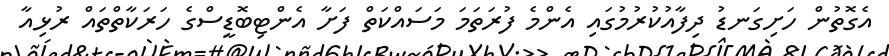
އެގޮތުން ހަށިގަނޑު ދިފާއުކުރުމުގައި އެންމެ ފުރަތަމަ މަސައްކަތް ފަށާ އެންޓިބޮޑީސްގެ ހަރަކާތްތައް ރުޅިއާ